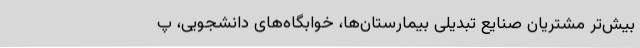
بیش‌تر مشتریان صنایع تبدیلی بیمارستان‌ها، خوابگاه‌های دانشجویی، پ